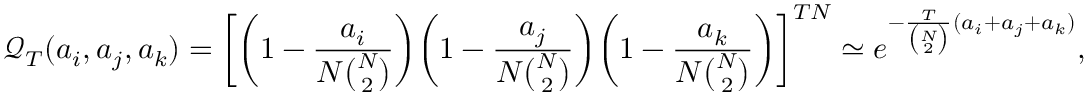
\mathcal { Q } _ { T } ( a _ { i } , a _ { j } , a _ { k } ) = \bigg [ \bigg ( 1 - \frac { a _ { i } } { N { \binom { N } { 2 } } } \bigg ) \bigg ( 1 - \frac { a _ { j } } { N { \binom { N } { 2 } } } \bigg ) \bigg ( 1 - \frac { a _ { k } } { N { \binom { N } { 2 } } } \bigg ) \bigg ] ^ { T N } \simeq e ^ { - \frac { T } { { \binom { N } { 2 } } } ( a _ { i } + a _ { j } + a _ { k } ) } ,